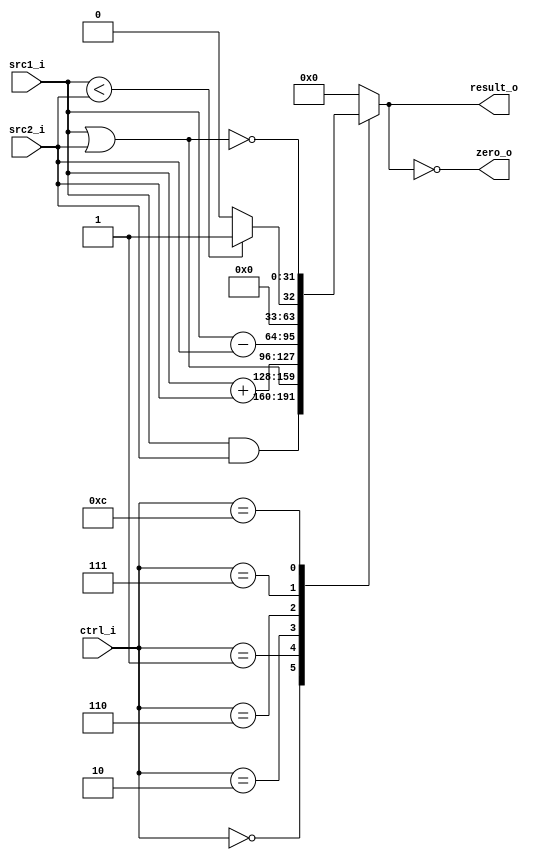
//110550130 BING HUA LIU

//Subject:     CO project 2 - ALU
//--------------------------------------------------------------------------------
//Version:     1
//--------------------------------------------------------------------------------
//Writer:      
//----------------------------------------------
//Date:        
//----------------------------------------------
//Description: 
//--------------------------------------------------------------------------------

module ALU(
    src1_i,
	src2_i,
	ctrl_i,
	result_o,
	zero_o
	);
     
//I/O ports
input  [32-1:0]  src1_i;
input  [32-1:0]	 src2_i;
input  [4-1:0]   ctrl_i;

output [32-1:0]	 result_o;
output           zero_o;

//Internal signals
reg    [32-1:0]  result_o;
wire             zero_o;

//Parameter

//Main function
assign zero_o = (result_o == 0);
always @(*) begin
	case (ctrl_i)
		0: result_o <= src1_i & src2_i;
		1: result_o <= src1_i | src2_i;
		2: result_o <= src1_i + src2_i;
		6: result_o <= src1_i - src2_i;
		7: result_o <= src1_i < src2_i ? 1 : 0;
		12: result_o <= ~(src1_i | src2_i);
		default: result_o <= 0;
	endcase
end

endmodule